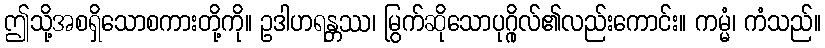
ဤသို့အစရှိသောစကားတို့ကို။ ဥဒါဟရန္တဿ၊ မြွက်ဆိုသောပုဂ္ဂိုလ်၏လည်းကောင်း။ ကမ္မံ၊ ကံသည်။